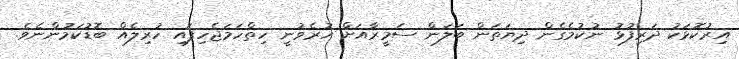
އިރުކޮޅަކު ދަރިފުޅު ނުކުމެގެން ދިޔަތަން ބަލަން ސަމީރާއަށް ހުރެވުނީ ހިތްހަމަޖެހިފައި ހުރިލެއް ބޮޑުކަމުންނެވެ.